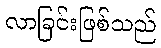
လာခြင်းဖြစ်သည်